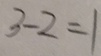
3 - 2 = 1